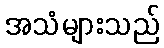
အသံများသည်